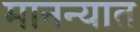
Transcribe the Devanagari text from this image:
मानन्यात